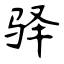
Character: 驿